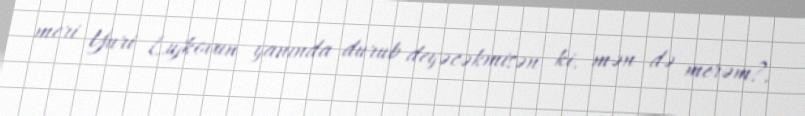
meri Yuri Lujkovun yanında durub deyəcəkmisən ki, mən də merəm?.